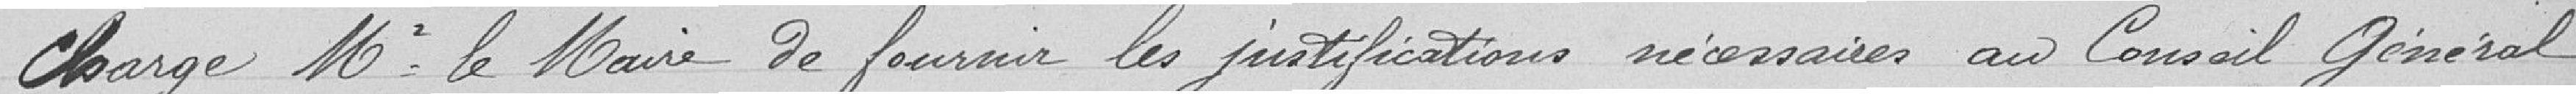
Charge Monsieur le Maire de fournir les justifications nécessaires au Conseil Général